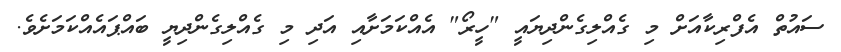
ސައުތް އެފްރިކާއަށް މި ގެއްލިގެންދިޔައީ "ހީރޯ" އެއްކަމަށާއި އަދި މި ގެއްލިގެންދިޔީ ބައްޕައެއްކަމަށެވެ.